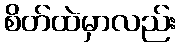
စိတ်ထဲမှာလည်း